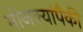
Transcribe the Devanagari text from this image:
मोजक्यांपैकी